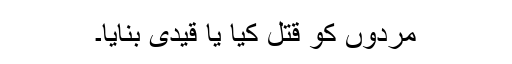
مردوں کو قتل کیا یا قیدی بنایا۔